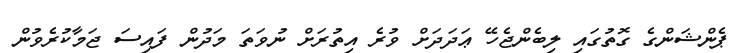
ޕެންޝަންގެ ގޮތުގައި ލިބެންޖެހޭ ޢަދަދަށް ވުރެ އިތުރަށް ނުވަތަ މަދުން ފައިސަ ޖަމާކުރެވުން